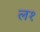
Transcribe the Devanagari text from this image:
ल१